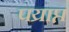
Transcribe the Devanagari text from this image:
पय्राप्त